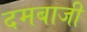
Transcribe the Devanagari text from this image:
दमबाजी